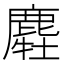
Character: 𪋂